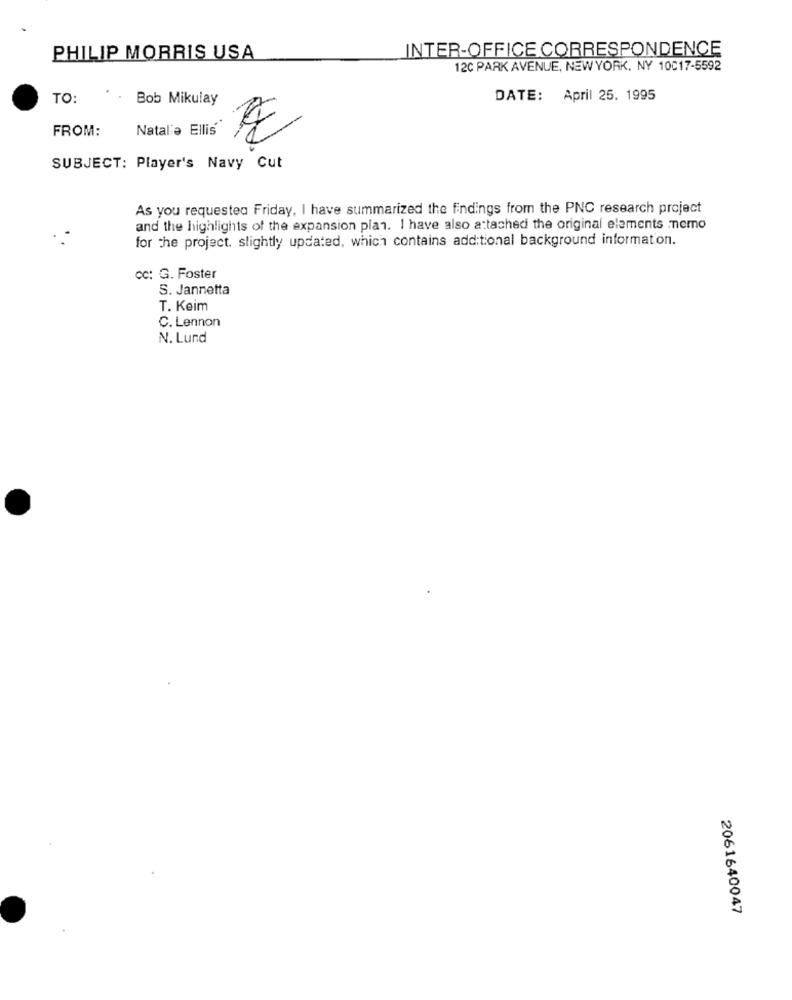
INTER-OFFICE CORRESPONDENCE
PHILIP MORRIS USA
12C PARK AVENUE, NEW YORK, NY 10017-5592
TO:
Bob Mikulay
DATE: April 25. 1995
FROM:
Natalia Ellis
SUBJECT: Player's Navy Cut
As you requested Friday, I have summarized the findings from the PNC research project
and the highlights of the expansion plan. I have also attached the original elements nemo
for the project. slightly updated, which contains additional background information.
cc: G. Foster
S. Jannetta
T. Keim
C. Lennon
N. Lund
2061640047